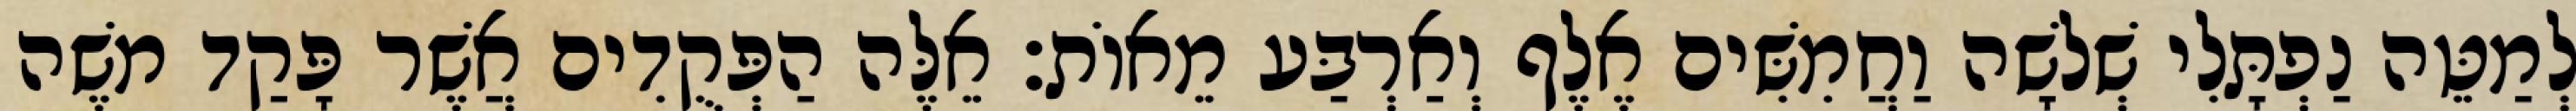
לְמַטֵּה נַפְתָּלִי שְׁלשָׁה וַחֲמִשִּׁים אֶלֶף וְאַרְבַּע מֵאוֹת׃ אֵלֶּה הַפְּקֻדִים אֲשֶׁר פָּקַד משֶׁה